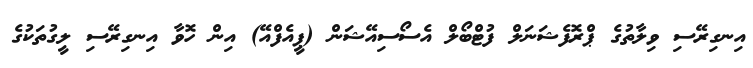
އިނގިރޭސި ވިލާތުގެ ޕްރޮފެޝަނަލް ފުޓްބޯލް އެސޯސިއޭޝަން (ޕީއެފްއޭ) އިން ހޮވާ އިނގިރޭސި ލީގުތަކުގެ